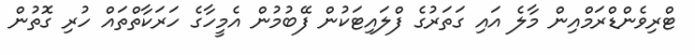
ޓްރިވެންޑްރަމްއިން މާލެ އައި ގަތަރުގެ ފްލައިޓަކުން ފޭބުމުން އެމީހާގެ ހަރަކާތްތައް ހުރި ގޮތުން